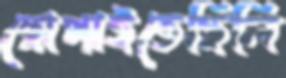
ছোপাইতেছিলি